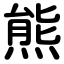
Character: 熊